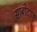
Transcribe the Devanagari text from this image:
साबोटाज